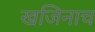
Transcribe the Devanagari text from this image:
खजिनाच